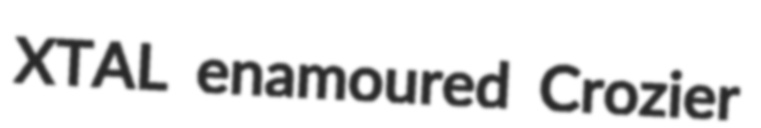
XTAL enamoured Crozier